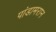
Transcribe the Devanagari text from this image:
पांडामरान